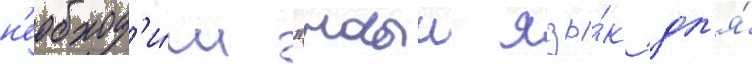
н'еобход'и́м "новыи язы́к дл'я́